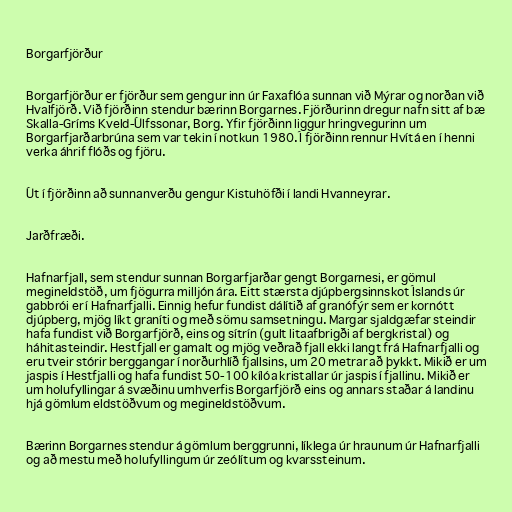
Borgarfjörður

Borgarfjörður er fjörður sem gengur inn úr Faxaflóa sunnan við Mýrar og norðan við
Hvalfjörð. Við fjörðinn stendur bærinn Borgarnes. Fjörðurinn dregur nafn sitt af bæ
Skalla-Gríms Kveld-Úlfssonar, Borg. Yfir fjörðinn liggur hringvegurinn um
Borgarfjarðarbrúna sem var tekin í notkun 1980. Í fjörðinn rennur Hvítá en í henni
verka áhrif flóðs og fjöru.

Út í fjörðinn að sunnanverðu gengur Kistuhöfði í landi Hvanneyrar.

Jarðfræði.

Hafnarfjall, sem stendur sunnan Borgarfjarðar gengt Borgarnesi, er gömul
megineldstöð, um fjögurra milljón ára. Eitt stærsta djúpbergsinnskot Íslands úr
gabbrói er í Hafnarfjalli. Einnig hefur fundist dálítið af granófýr sem er kornótt
djúpberg, mjög líkt graníti og með sömu samsetningu. Margar sjaldgæfar steindir
hafa fundist við Borgarfjörð, eins og sítrín (gult litaafbrigði af bergkristal) og
háhitasteindir. Hestfjall er gamalt og mjög veðrað fjall ekki langt frá Hafnarfjalli og
eru tveir stórir berggangar í norðurhlíð fjallsins, um 20 metrar að þykkt. Mikið er um
jaspis í Hestfjalli og hafa fundist 50-100 kílóa kristallar úr jaspis í fjallinu. Mikið er
um holufyllingar á svæðinu umhverfis Borgarfjörð eins og annars staðar á landinu
hjá gömlum eldstöðvum og megineldstöðvum.

Bærinn Borgarnes stendur á gömlum berggrunni, líklega úr hraunum úr Hafnarfjalli
og að mestu með holufyllingum úr zeólítum og kvarssteinum.